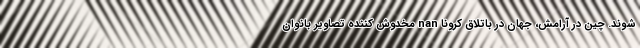
شوند. چین در آرامش، جهان در باتلاق کرونا nan مخدوش کننده تصاویر بانوان